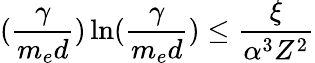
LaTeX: (\frac{\gamma}{m_{e}d})\ln(\frac{\gamma}{m_{e}d})\leq\frac{\xi}{\alpha^{3}Z^{2}}